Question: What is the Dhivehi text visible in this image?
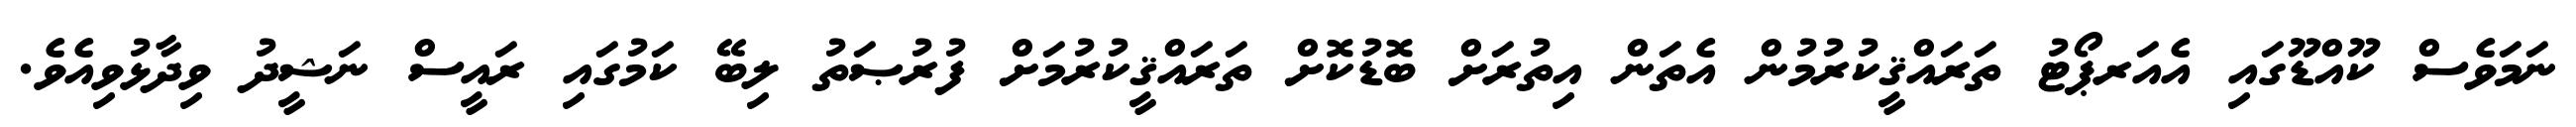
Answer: ނަމަވެސް ކޫއްޑޫގައި އެއަރޕޯޓު ތަރައްޤީކުރުމުން އެތަން އިތުރަށް ބޮޑުކޮށް ތަރައްޤީކުރުމަށް ފުރުޞަތު ލިބޭ ކަމުގައި ރައީސް ނަޝީދު ވިދާޅުވިއެވެ.